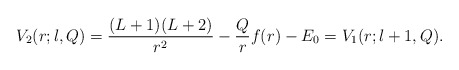
\begin{align*} V_2(r;l,Q) = \frac{(L+1)(L+2)}{r^2} - \frac{Q}{r} f(r) - E_0 = V_1(r;l+1,Q).\end{align*}